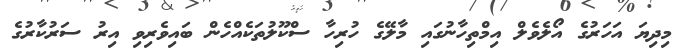
މިދިޔަ އަހަރުގެ އޯލެވެލް އިމްތިހާނުގައި މާލޭގެ ހުރިހާ ސްކޫލުތަކެއްހެން ބައިވެރިވި އިރު ސަރުކާރުގެ